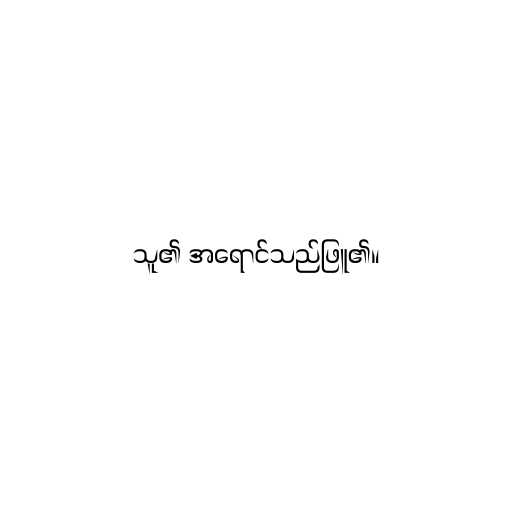
သူ၏ အရောင်သည်ဖြူ၏။